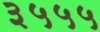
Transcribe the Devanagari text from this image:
३५५५